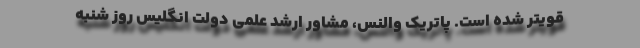
قویتر شده است. پاتریک والنس، مشاور ارشد علمی دولت انگلیس روز شنبه